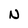
Character: N